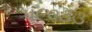
૫૯૦૩૩